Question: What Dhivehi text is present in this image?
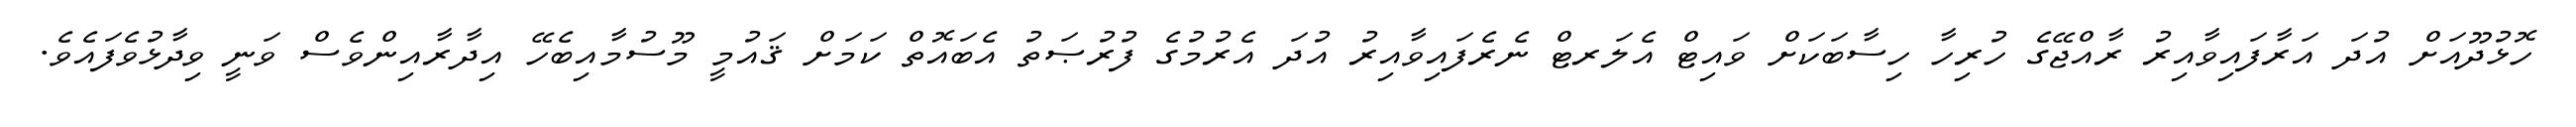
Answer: ހޮޅުދޫއަށް އުދަ އަރާފައިވާއިރު ރާއްޖޭގެ ހުރިހާ ހިސާބަކަށް ވައިޓް އެލަރޓް ނެރެފައިވާއިރު އުދަ އެރުމުގެ ފުރުޞަތު އެބައޮތް ކަމަށް ޤައުމީ މޫސުމާއިބެހޭ އިދާރާއިންވެސް ވަނީ ވިދާޅުވެފައެވެ.